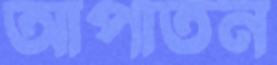
আপাতন